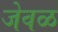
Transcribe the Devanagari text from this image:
जेवळ